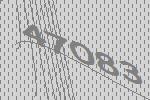
47083